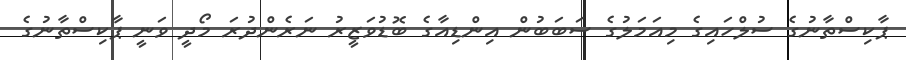
ޕާކިސްތާނުގެ ސުލްހައިގެ މިއަމަލުގެ ސަބަބުން އިންޑިއާގެ ބޮޑުވަޒީރު ނަރެންދުރަ މޯދީ ވަނީ ޕާކިސްތާނުގެ